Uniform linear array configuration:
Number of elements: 32
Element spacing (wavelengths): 0.25
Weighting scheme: cosine
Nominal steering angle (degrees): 45
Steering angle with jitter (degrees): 44.971
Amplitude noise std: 0.05
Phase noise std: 0.05

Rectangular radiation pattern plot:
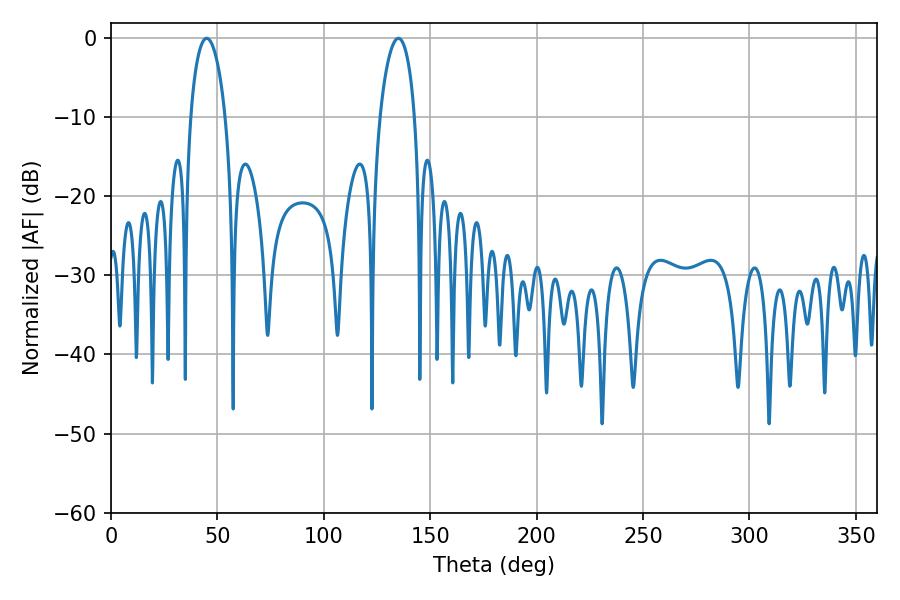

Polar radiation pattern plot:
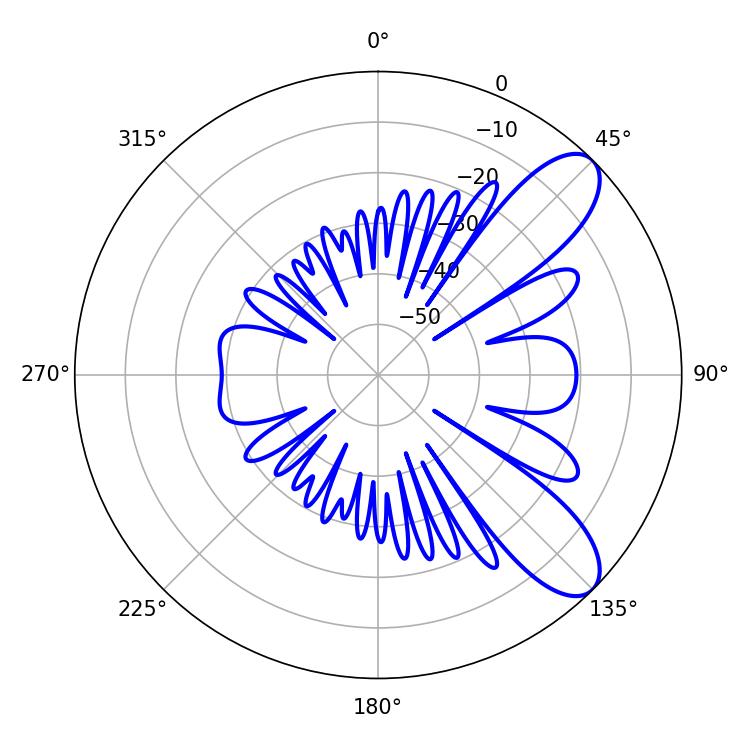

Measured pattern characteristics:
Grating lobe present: FALSE
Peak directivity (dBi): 9.002
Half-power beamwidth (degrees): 9.36
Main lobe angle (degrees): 45